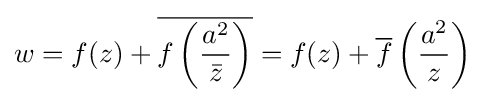
w=f(z)+{\overline {f\left({\frac {a^{2}}{\bar {z}}}\right)}}=f(z)+{\overline {f}}\left({\frac {a^{2}}{z}}\right)